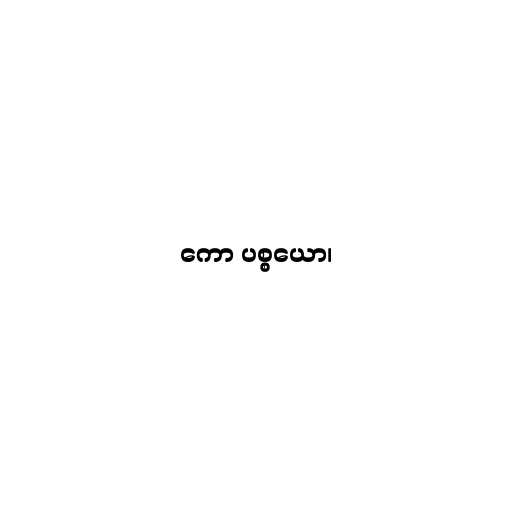
ကော ပစ္စယော၊